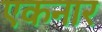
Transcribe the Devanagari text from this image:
एकनार